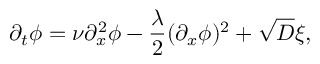
\partial _ { t } \phi = \nu \partial _ { x } ^ { 2 } \phi - \frac { \lambda } { 2 } ( \partial _ { x } \phi ) ^ { 2 } + \sqrt { D } \xi ,